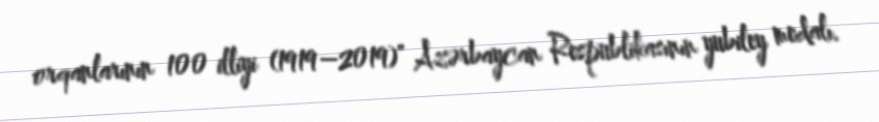
orqanlarının 100 illiyi (1919–2019)" Azərbaycan Respublikasının yubiley medalı.